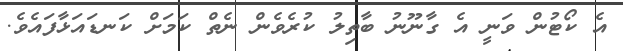
އެ ކޯޓުން ވަނީ އެ ގާނޫނު ބާތިލު ކުރެވެން ނެތް ކަމަށް ކަނޑައަޅާފައެވެ.